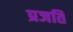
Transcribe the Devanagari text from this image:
प्रजति